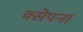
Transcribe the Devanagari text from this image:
क्सेपना